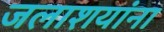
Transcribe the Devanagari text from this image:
जलाशयांना